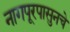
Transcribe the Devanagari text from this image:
नागपूरपासुनचे